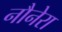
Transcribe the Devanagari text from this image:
नौनेरा